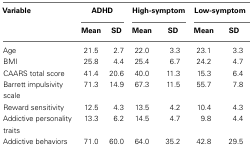
<table><thead><tr><td><b>Variable</b></td><td colspan="2"><b>ADHD</b></td><td colspan="2"><b>High-symptom</b></td><td colspan="2"><b>Low-symptom</b></td></tr><tr><td></td><td><b>Mean</b></td><td><b>SD</b></td><td><b>Mean</b></td><td><b>SD</b></td><td><b>Mean</b></td><td><b>SD</b></td></tr></thead><tbody><tr><td>Age</td><td>21.5</td><td>2.7</td><td>22.0</td><td>3.3</td><td>23.1</td><td>3.3</td></tr><tr><td>BMI</td><td>25.8</td><td>4.4</td><td>25.4</td><td>6.7</td><td>24.2</td><td>4.7</td></tr><tr><td>CAARS total score</td><td>41.4</td><td>20.6</td><td>40.0</td><td>11.3</td><td>15.3</td><td>6.4</td></tr><tr><td>Barrett impulsivity scale</td><td>71.3</td><td>14.9</td><td>67.3</td><td>11.5</td><td>55.7</td><td>7.8</td></tr><tr><td>Reward sensitivity</td><td>12.5</td><td>4.3</td><td>13.5</td><td>4.2</td><td>10.4</td><td>4.3</td></tr><tr><td>Addictive personality traits</td><td>13.3</td><td>6.2</td><td>14.5</td><td>4.7</td><td>9.8</td><td>4.4</td></tr><tr><td>Addictive behaviors</td><td>71.0</td><td>60.0</td><td>64.0</td><td>35.2</td><td>42.8</td><td>29.5</td></tr></tbody></table>